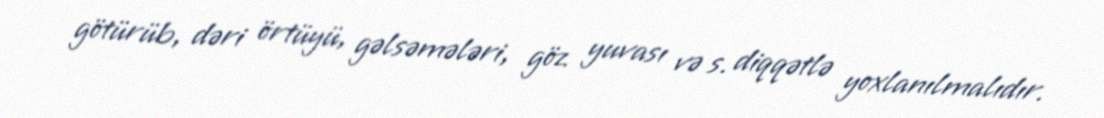
götürüb, dəri örtüyü, gəlsəmələri, göz yuvası və s. diqqətlə yoxlanılmalıdır.